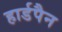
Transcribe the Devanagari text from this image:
हार्डपैन